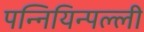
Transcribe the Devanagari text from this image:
पन्नियिन्पल्ली